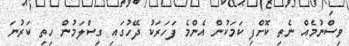
ވިސްނުމެއް ނެތި ކޮށްފި ކަމަކުން އެންމެ ފަހަރަކު ދޭހުގައި ގިސްލަމުން ހިތި ކަރުނަ